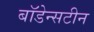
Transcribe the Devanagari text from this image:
बॉडेन्सटीन